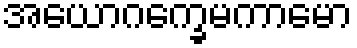
အယောဂက္ခေမကာမော